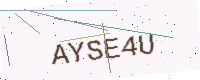
Text: AYSE4U